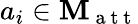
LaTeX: a_{i}\in\textbf{M}_{\mathrm{~a~t~t~}}